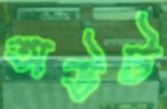
অউট